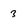
Character: 3